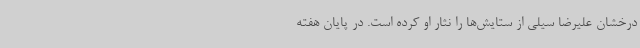
درخشان علیرضا سیلی از ستایش‌ها را نثار او کرده است. در پایان هفته